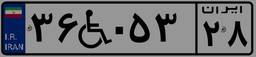
۳۶W۰۵۳۲۸